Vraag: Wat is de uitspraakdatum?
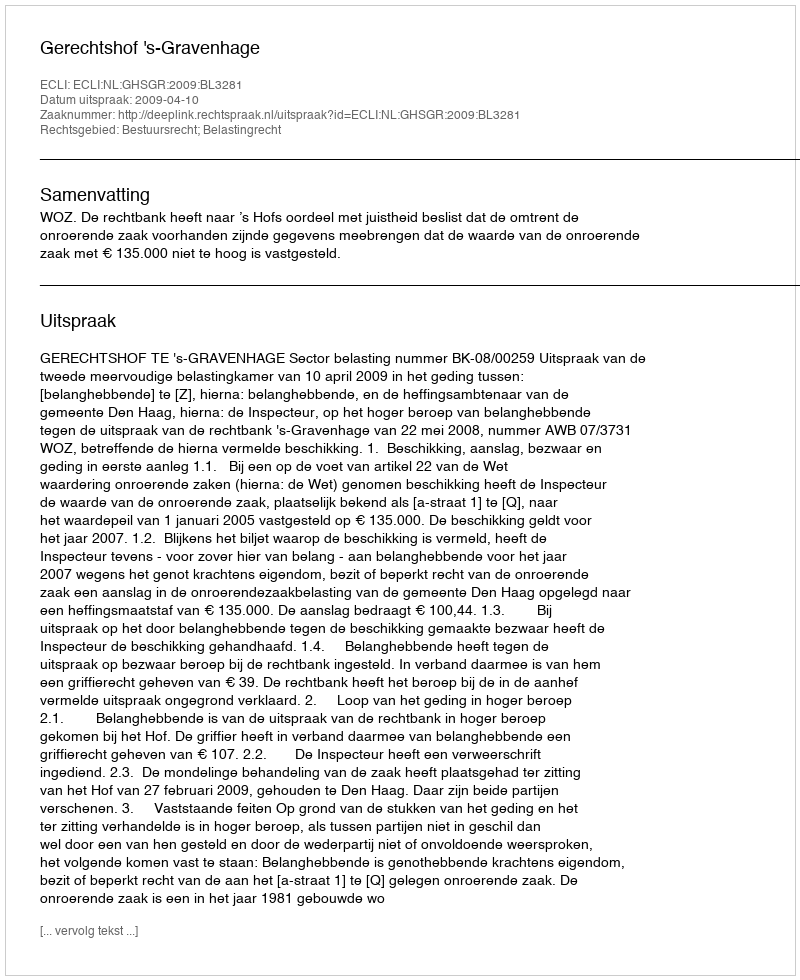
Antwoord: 2009-04-10